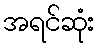
အရင်ဆုံး